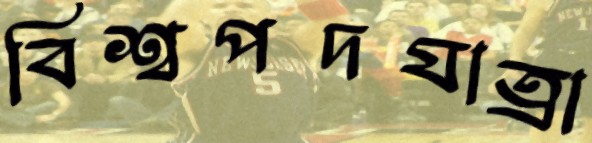
বিশ্বপদযাত্রা